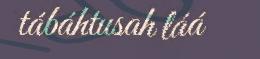
tábáhtusah láá